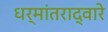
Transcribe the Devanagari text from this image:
धर्मांतराद्वारे